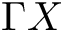
\Gamma X